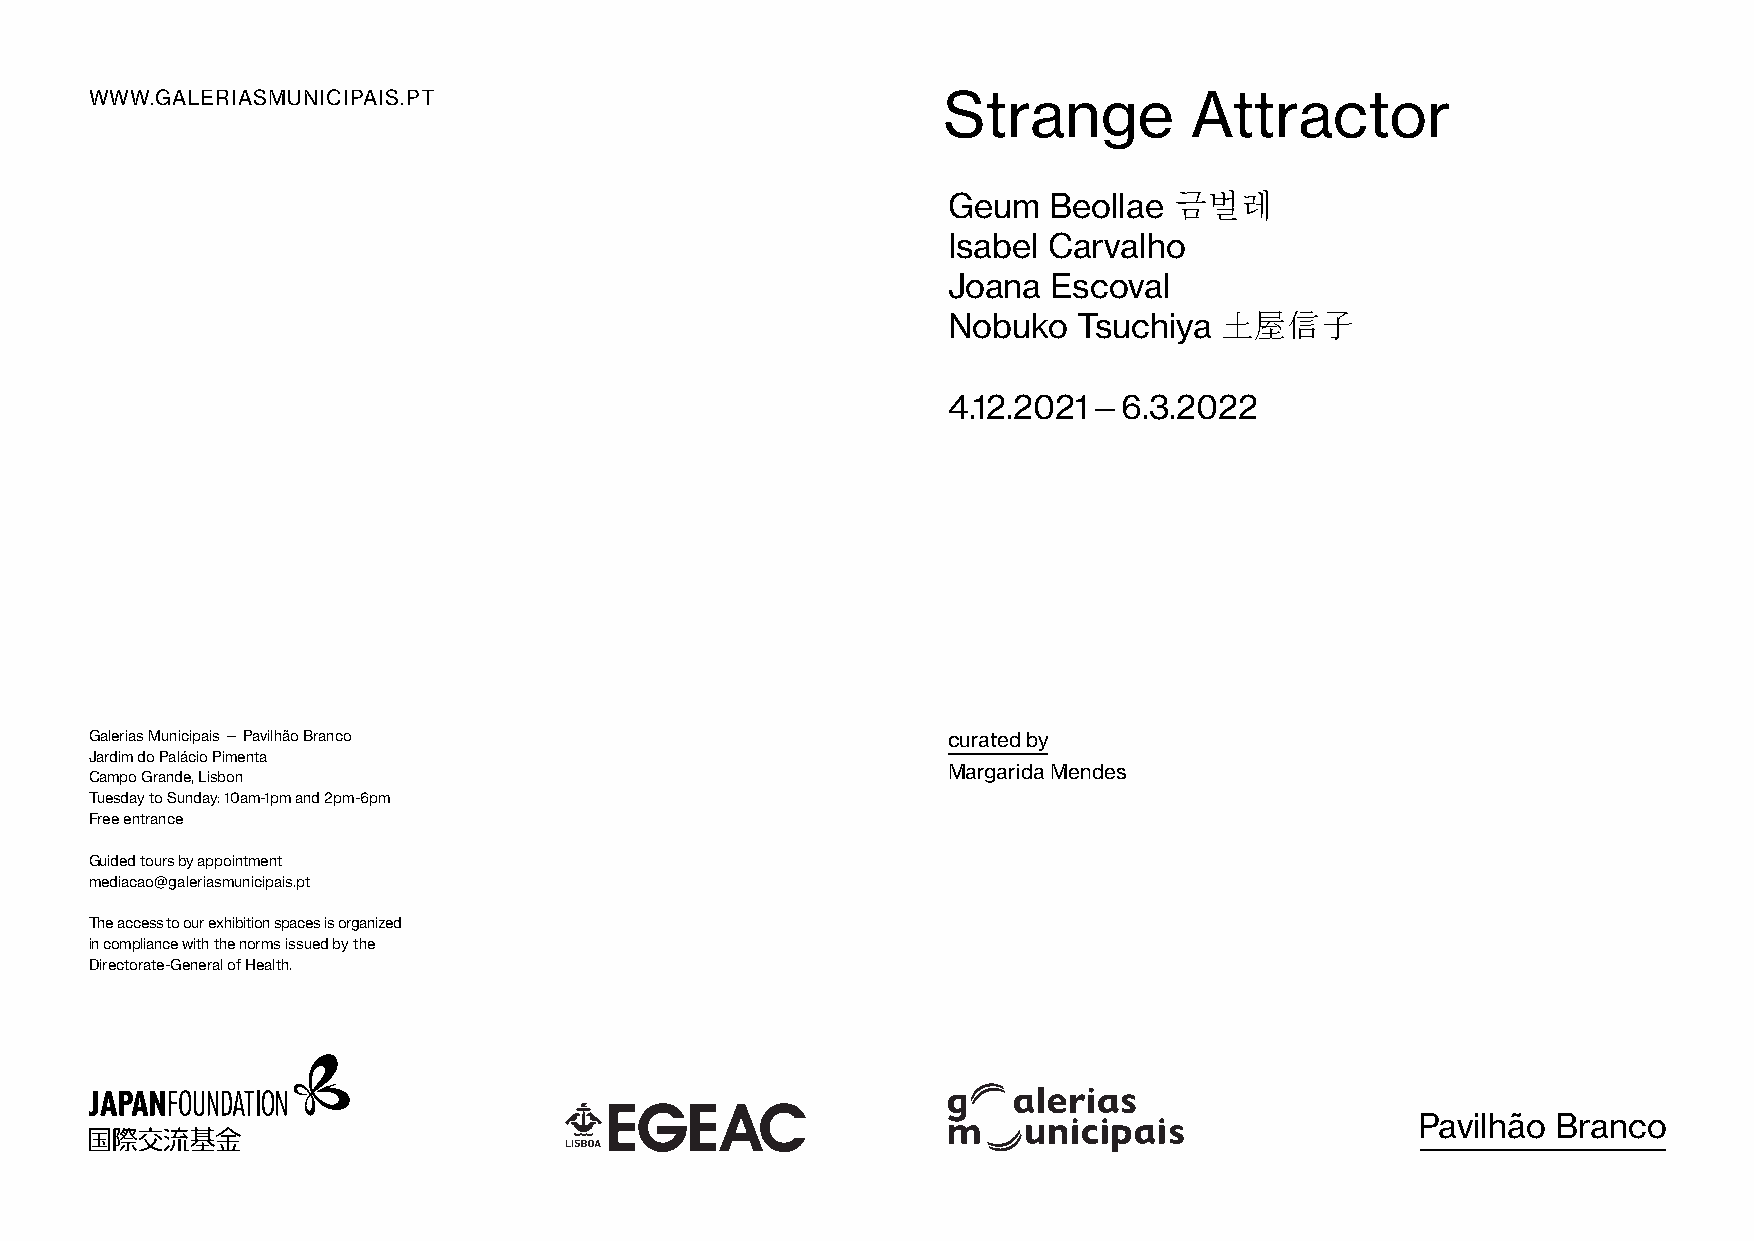
WWW.GALERIASMUNICIPAIS.PT                               Strange          Attractor
 Geum  Beollae  금벌레
 Isabel Carvalho
 Joana  Escoval
 Nobuko  Tsuchiya  土屋信子
 4.12.2021—6.3.2022
 Galerias Municipais — Pavilhão Branco                    curated by
 Jardim do Palácio Pimenta
 Margarida Mendes
 Campo Grande, Lisbon
 Tuesday to Sunday: 10am-1pm and 2pm-6pm
 Free entrance
 Guided tours by appointment
 mediacao@galeriasmunicipais.pt
 The access to our exhibition spaces is organized
 in compliance with the norms issued by the
 Directorate-General of Health.
 Pavilhão Branco